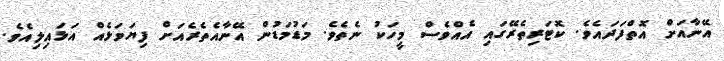
އޭނާއަށް އޮތްފަދައެވެ. ކޮޓަރިތެރޭގައި އެއްވެސް މީހަކު ނެތެވެ. މަޑުމަޑުން އޭނާއެތެރެއަށް ފިޔަވަޅެއް އަޅައިލިއެވެ.